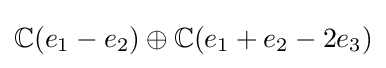
\mathbb {C} (e_{1}-e_{2})\oplus \mathbb {C} (e_{1}+e_{2}-2e_{3})